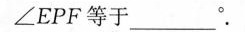
∠EPF等于______°.